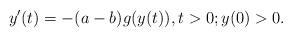
LaTeX: \begin{align*} y'(t)=-(a-b)g(y(t)), t>0; y(0)>0.\end{align*}